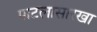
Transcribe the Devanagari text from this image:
पाटलासारखा